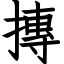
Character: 摶